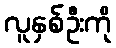
လူနှစ်ဦးကို